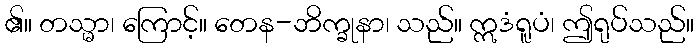
၏။ တသ္မာ၊ ကြောင့်။ တေန-ဘိက္ခုနာ၊ သည်။ ဣဒံရူပံ၊ ဤရုပ်သည်။